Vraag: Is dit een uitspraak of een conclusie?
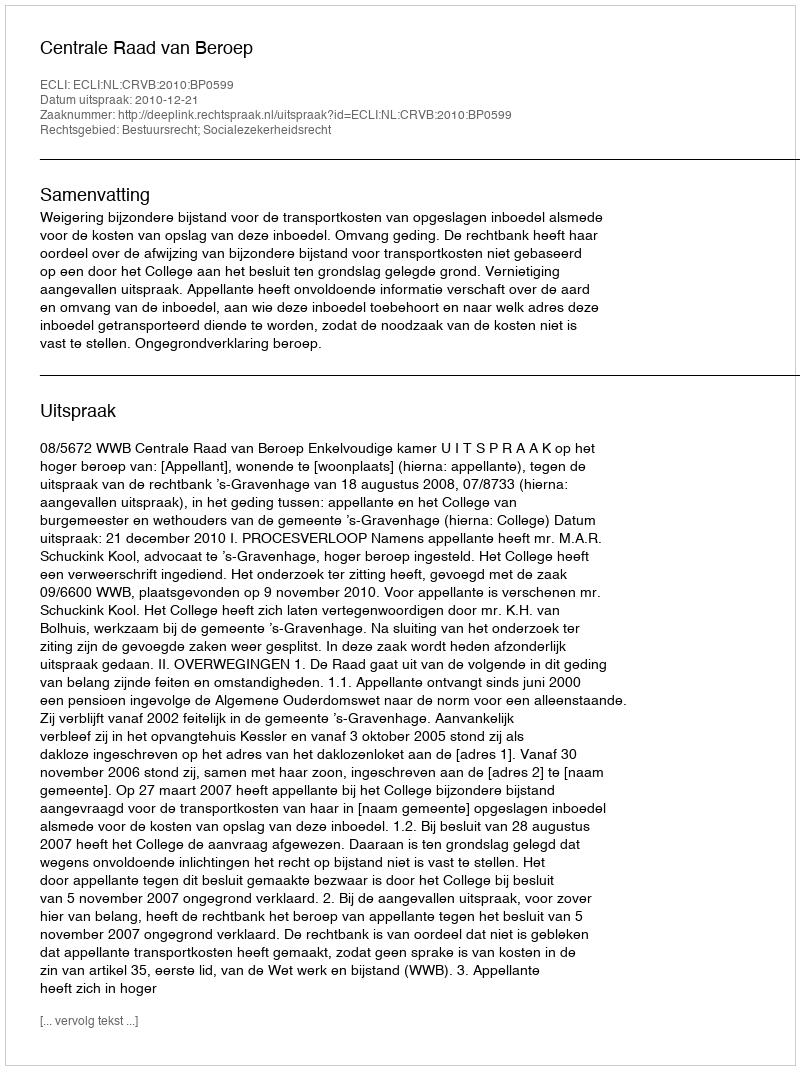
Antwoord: Uitspraak